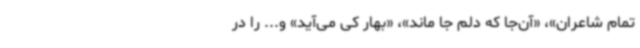
تمام شاعران»، «آن‌جا که دلم جا ماند»، «بهار کی می‌آید» و... را در